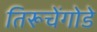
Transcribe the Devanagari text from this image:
तिरूचेंगोडे